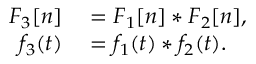
\begin{array} { r l } { F _ { 3 } [ n ] } & { { } = F _ { 1 } [ n ] * F _ { 2 } [ n ] , } \\ { f _ { 3 } ( t ) } & { { } = f _ { 1 } ( t ) * f _ { 2 } ( t ) . } \end{array}